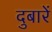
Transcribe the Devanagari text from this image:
दुबारें